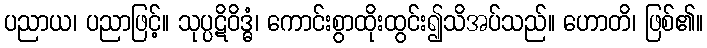
ပညာယ၊ ပညာဖြင့်။ သုပ္ပဋိဝိဒ္ဓံ၊ ကောင်းစွာထိုးထွင်း၍သိအပ်သည်။ ဟောတိ၊ ဖြစ်၏။